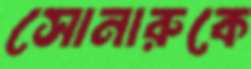
সোনারুকে